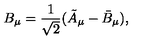
B _ { \mu } = \frac { 1 } { \sqrt { 2 } } ( \tilde { A } _ { \mu } - \bar { B } _ { \mu } ) ,